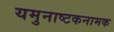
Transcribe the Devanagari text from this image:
यमुनाष्टकनामक